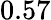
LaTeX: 0.57